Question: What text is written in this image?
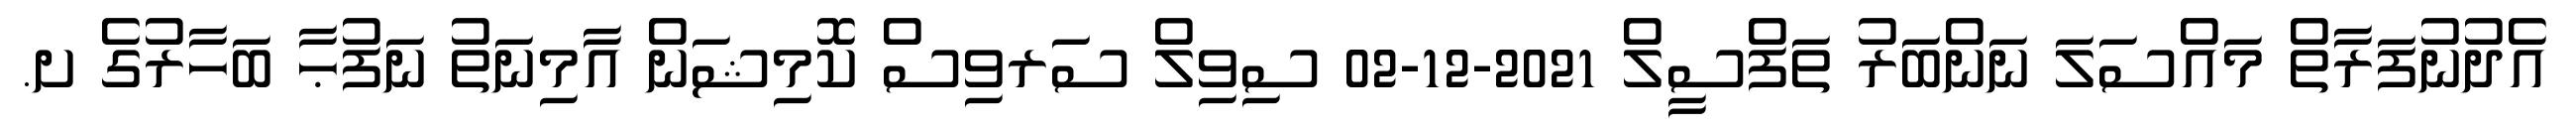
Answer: އެދުނުފަރާތް މައްސަލަ ނަންބަރު ތަފްސީލް 2021-12-02 ސިވިލް ސަރވިސް ކޮމިޝަން އާމިނަތު ނަފުޙާ ބަހާރުގެ ށ.